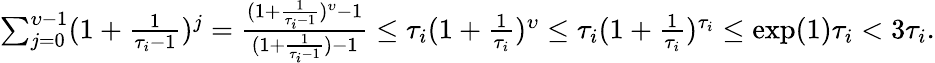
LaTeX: \begin{array}{r}{\sum_{j=0}^{\upsilon-1}(1+\frac{1}{\tau_{i}-1})^{j}=\frac{(1+\frac{1}{\tau_{i}-1})^{\upsilon}-1}{(1+\frac{1}{\tau_{i}-1})-1}\leq\tau_{i}(1+\frac{1}{\tau_{i}})^{\upsilon}\leq\tau_{i}(1+\frac{1}{\tau_{i}})^{\tau_{i}}\leq\exp(1)\tau_{i}<3\tau_{i}.}\end{array}